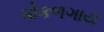
ગોકળગાય